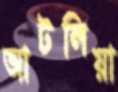
আটলিয়া